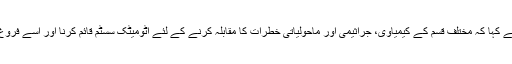
عسکری امور میں رہبر انقلاب اسلامی کے مشیر جنرل رحیم صفوی نے کہا کہ مختلف قسم کے کیمیاوی، جراثیمی اور ماحولیاتی خطرات کا مقابلہ کرنے کے لئے آٹومیٹک سسٹم قائم کرنا اور اسے فروغ دینا ایران کے کیمیاوی دفاعی نظام کے پروگرام کا بنیادی حصہ ہے۔